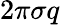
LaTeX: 2\pi\sigma q